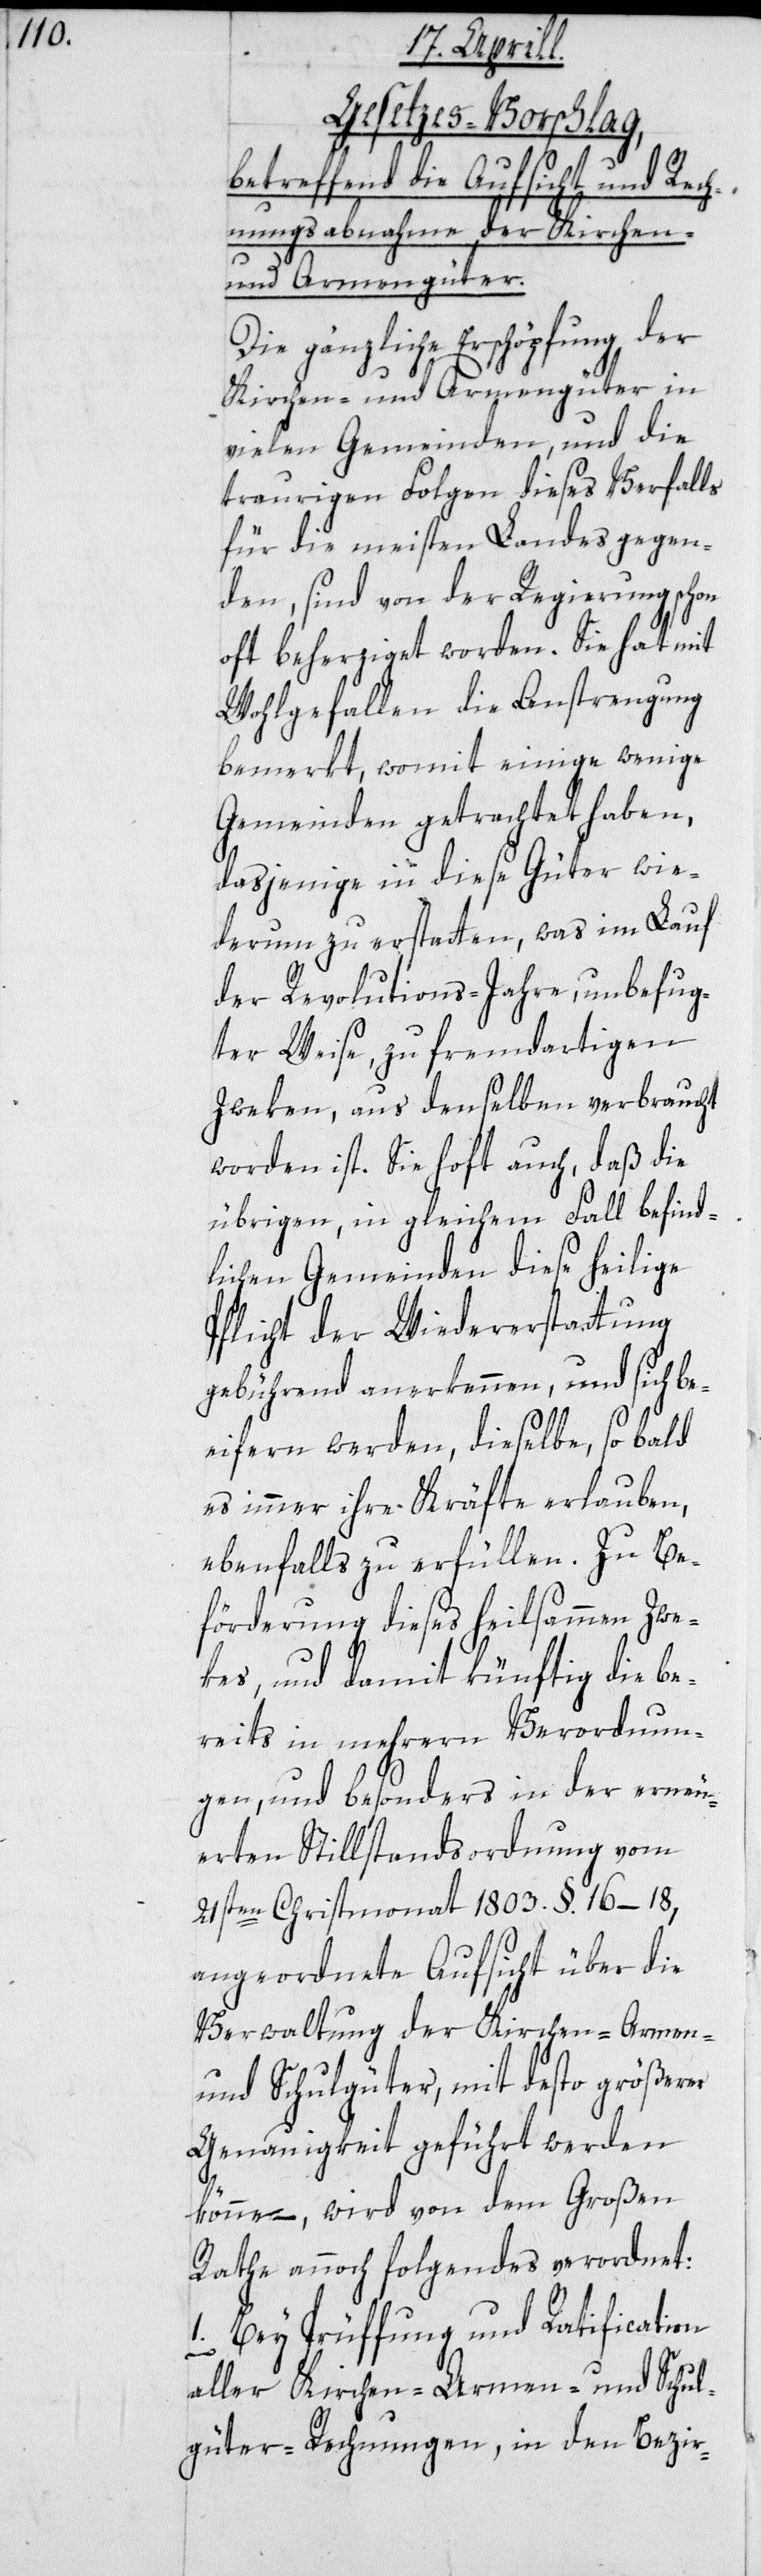
Gesetzes-Vorschlag,
betreffend die Aufsicht und Rech¬
nungsabnahme der Kirchen-
und Armengüter.
Die gänzliche Erschöpfung der
Kirchen- und Armengüter in
vielen Gemeinden, und die
traurigen Folgen dieses Verfalls
für die meisten Landesgegen¬
den, sind von der Regierung schon
oft beherziget worden. Sie hat mit
Wohlgefallen die Anstrengung
bemerkt, womit einige wenige
Gemeinden getrachtet haben,
dasjenige in diese Güter wie¬
derum zu erstatten, was im Lauf
der Revolutions-Jahre, unbefug¬
ter Weise, zu fremdartigen
Zweken aus denselben verbraucht
worden ist. Sie hoft auch, daß die
übrigen, in gleichem Fall befind¬
lichen Gemeinden diese heilige
Pflicht der Wiedererstattung
gebührend anerkennen, und sich be¬
eifern werden, dieselbe so bald
es immer ihre Kräfte erlauben,
ebenfalls zu erfüllen. Zu Be¬
förderung dieses heilsamen Zwe¬
kes, und damit künftig die be¬
reits in mehrern Verordnun¬
gen, und besonders in der erneu¬
erten Stillstandsordnung vom
21sten Christmonat 1803. §. 16–18,
angeordnete Aufsicht über die
Verwaltung der Kirchen-, Armen-
und Schulgüter, mit desto größerer
Genauigkeit geführt werden
könne –, wird von dem Großen
Rathe annoch folgendes verordnet:
1. Bey Prüffung und Ratification
aller Kirchen-, Armen- und Schul¬
güter-Rechnungen, in den Bezir-